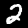
Digit: 2